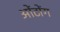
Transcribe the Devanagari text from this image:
ओंटोंग